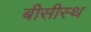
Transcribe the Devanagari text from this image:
बीसीस्थ